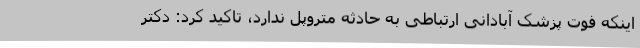
اینکه فوت پزشک آبادانی ارتباطی به حادثه متروپل ندارد، تاکید کرد: دکتر